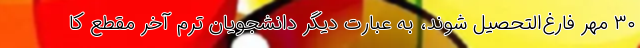
۳۰ مهر فارغ‌التحصیل شوند، به عبارت دیگر دانشجویان ترم آخر مقطع کا